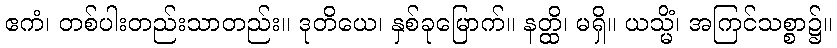
ဧကံ၊ တစ်ပါးတည်းသာတည်း။ ဒုတိယေ၊ နှစ်ခုမြောက်။ နတ္ထိ၊ မရှိ။ ယသ္မိံ၊ အကြင်သစ္စာ၌။